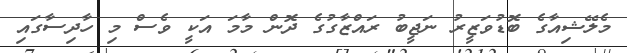
މެލޭޝިއާގެ ބޮޑުވަޒީރު ނަޖީބު ރައްޒާގުގެ ދޮން މާމަ އަކީ ވެސް މި ހާދިސާގައި